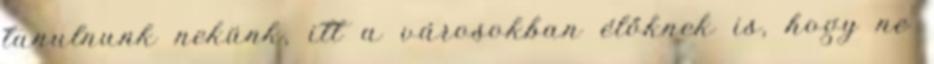
tanulnunk nekünk, itt a városokban élőknek is, hogy ne